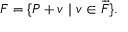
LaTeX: F = \{ P + v \mid v \in { \overrightarrow { F } } \} .